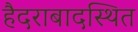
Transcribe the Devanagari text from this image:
हैदराबादस्थित